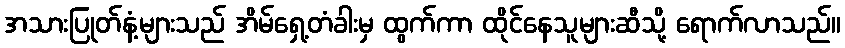
အသားပြုတ်နံ့များသည် အိမ်ရှေ့တံခါးမှ ထွက်ကာ ထိုင်နေသူများဆီသို့ ရောက်လာသည်။